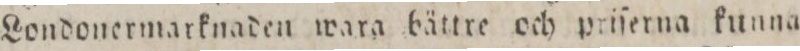
Londonermarknaden wara bättreoch priſerna kunna